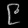
Digit: ၉